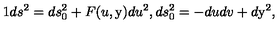
1 d s ^ { 2 } = d s _ { 0 } ^ { 2 } + F ( u , \mathrm { \boldmath y } ) d u ^ { 2 } , d s _ { 0 } ^ { 2 } = - d u d v + d \mathrm { \boldmath y } ^ { 2 } ,